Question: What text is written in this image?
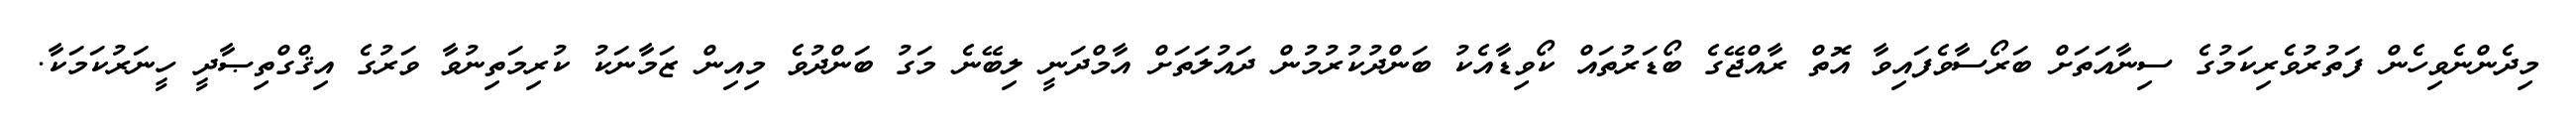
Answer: މިދެންނެވިހެން ފަތުރުވެރިކަމުގެ ސިނާއަތަށް ބަރޯސާވެފައިވާ އޮތް ރާއްޖޭގެ ބޯޑަރުތައް ކޯވިޑާއެކު ބަންދުކުރުމުން ދައުލަތަށް އާމްދަނީ ލިބޭނެ މަގު ބަންދުވެ މިއިން ޒަމާނަކު ކުރިމަތިނުވާ ވަރުގެ އިޤްގްތިޞާދީ ހީނަރުކަމަކާ.